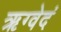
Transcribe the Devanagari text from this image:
ऋग्वेदं